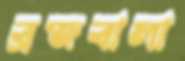
ব্রজবালা